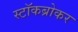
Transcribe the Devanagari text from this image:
स्‍टॉकब्रोकर